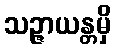
သဉ္ဇာယန္တမှိ